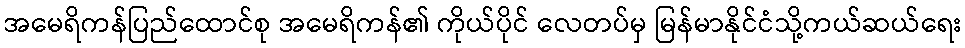
အမေရိကန်ပြည်ထောင်စု အမေရိကန်၏ ကိုယ်ပိုင် လေတပ်မှ မြန်မာနိုင်ငံသို့ကယ်ဆယ်ရေး